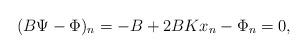
LaTeX: \begin{align*}(B \Psi - \Phi)_n = - B + 2 BK x_n - \Phi_n = 0,\end{align*}